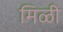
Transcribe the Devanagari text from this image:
मिळी